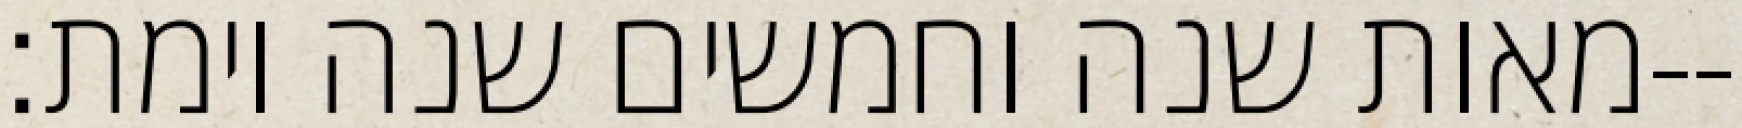
מאות שנה וחמשים שנה וימת׃--